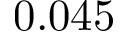
0 . 0 4 5